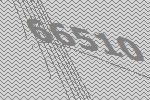
66510